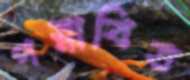
পস্নাবিত